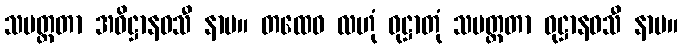
သမတ္ထတာ အဓိဋ္ဌာနဝသီ နာမ။ တထေဝ လဟုံ ဝုဋ္ဌာတုံ သမတ္ထတာ ဝုဋ္ဌာနဝသီ နာမ။